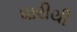
ધારીથી